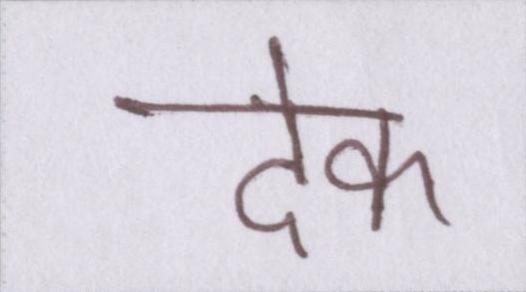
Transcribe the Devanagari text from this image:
देक